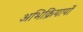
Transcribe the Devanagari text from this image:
अभिक्रियायों